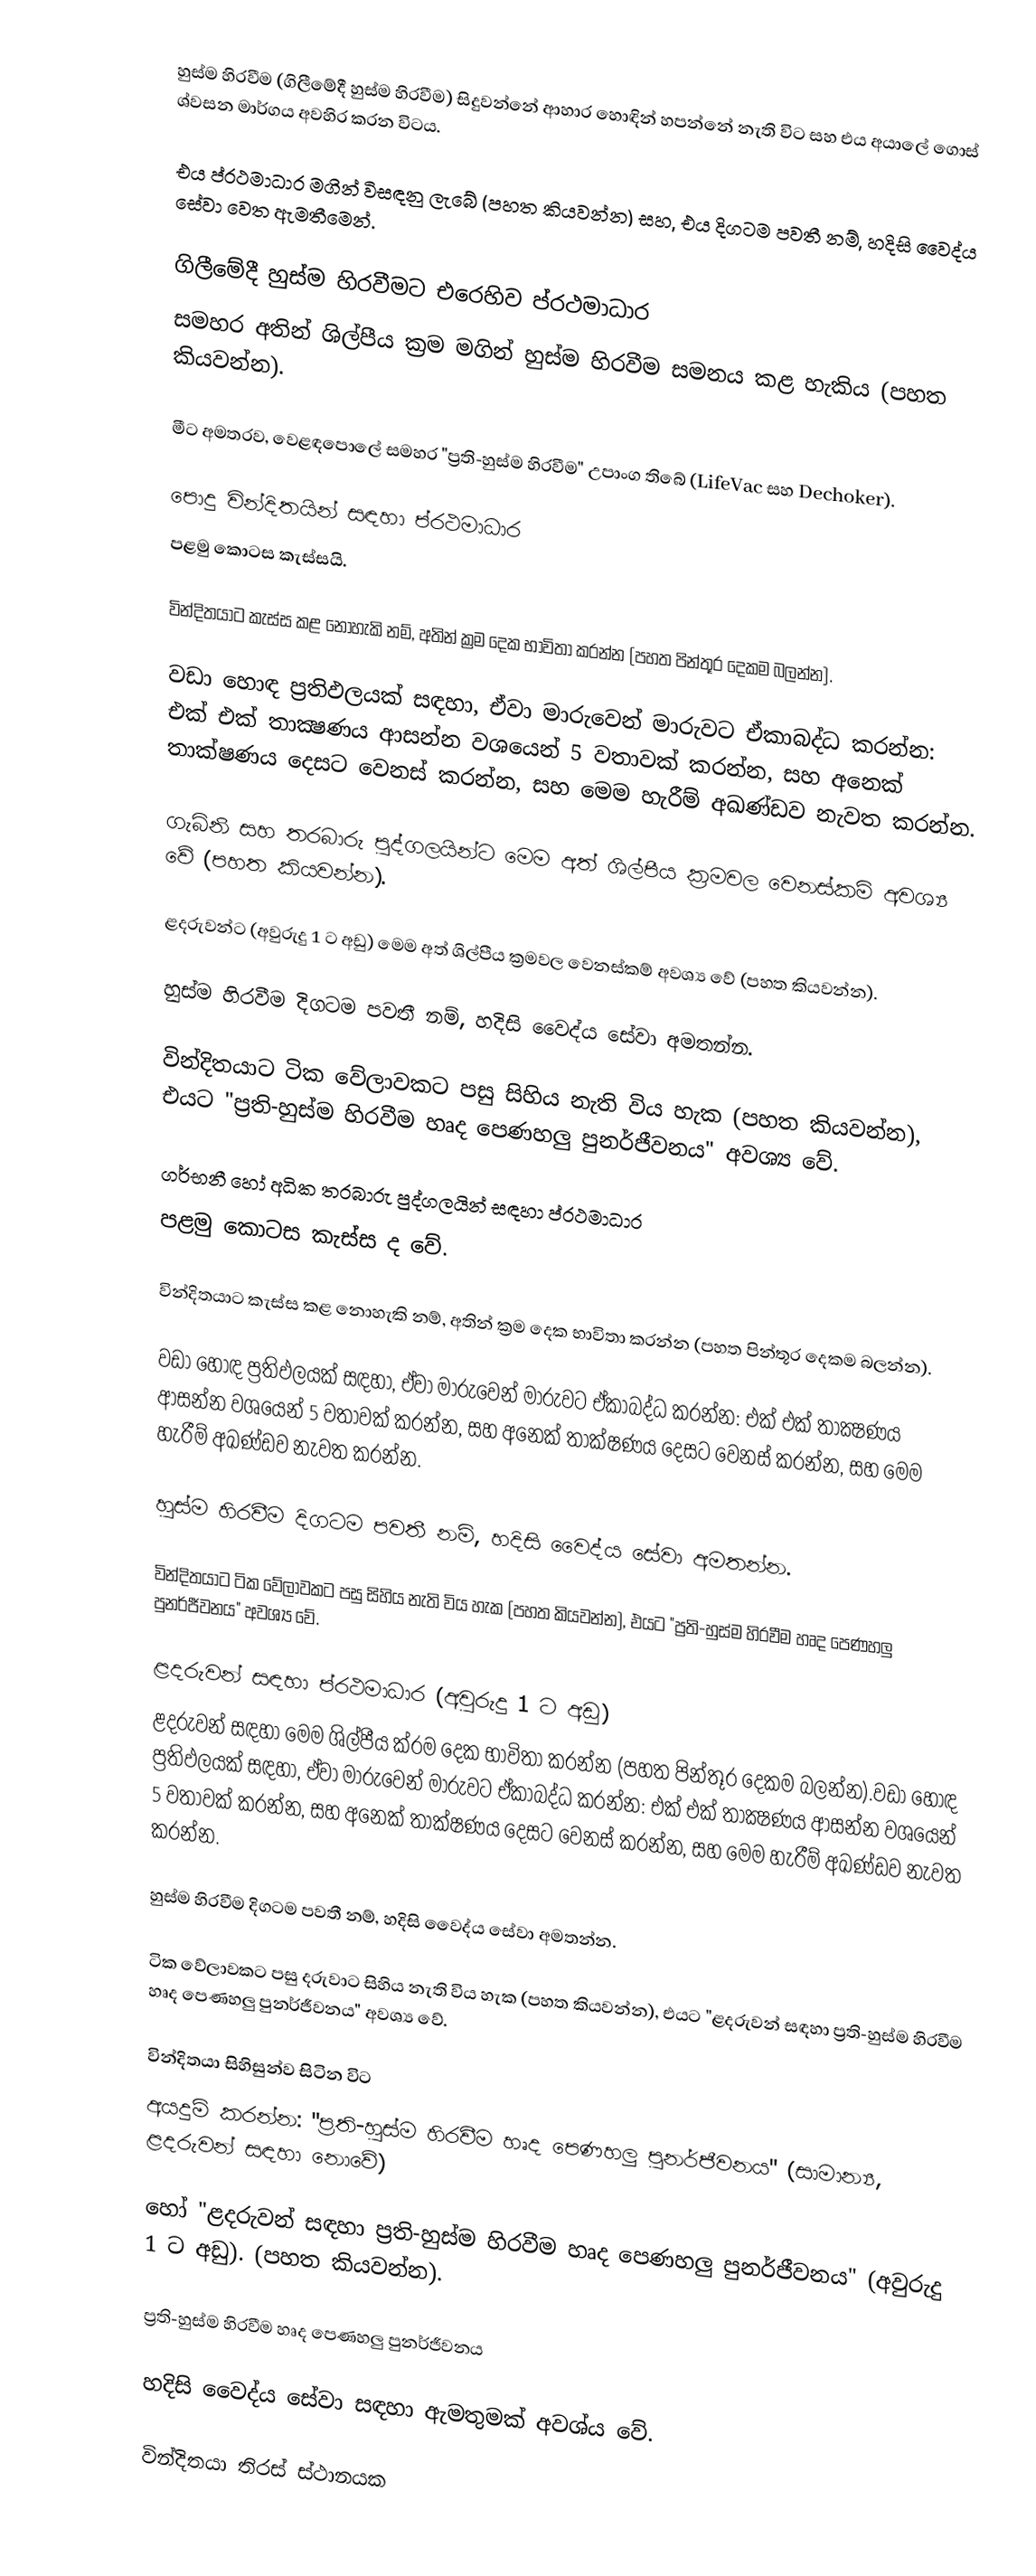
හුස්ම හිරවීම (ගිලීමේදී හුස්ම හිරවීම) සිදුවන්නේ ආහාර හොඳින් හපන්නේ නැති විට සහ එය අයාලේ ගොස් ශ්වසන මාර්ගය අවහිර කරන විටය.

එය ප්රථමාධාර මගින් විසඳනු ලැබේ (පහත කියවන්න) සහ, එය දිගටම පවතී නම්, හදිසි වෛද්ය සේවා වෙත ඇමතීමෙන්.

ගිලීමේදී හුස්ම හිරවීමට එරෙහිව ප්රථමාධාර
සමහර අතින් ශිල්පීය ක්‍රම මගින් හුස්ම හිරවීම සමනය කළ හැකිය (පහත කියවන්න).

මීට අමතරව, වෙළඳපොලේ සමහර "ප්‍රති-හුස්ම හිරවීම" උපාංග තිබේ (LifeVac සහ Dechoker).

පොදු වින්දිතයින් සඳහා ප්රථමාධාර
පළමු කොටස කැස්සයි.

වින්දිතයාට කැස්ස කළ නොහැකි නම්, අතින් ක්‍රම දෙක භාවිතා කරන්න (පහත පින්තූර දෙකම බලන්න).

වඩා හොඳ ප්‍රතිඵලයක් සඳහා, ඒවා මාරුවෙන් මාරුවට ඒකාබද්ධ කරන්න: එක් එක් තාක්‍ෂණය ආසන්න වශයෙන් 5 වතාවක් කරන්න, සහ අනෙක් තාක්ෂණය දෙසට වෙනස් කරන්න, සහ මෙම හැරීම් අඛණ්ඩව නැවත කරන්න.

ගැබිනි සහ තරබාරු පුද්ගලයින්ට මෙම අත් ශිල්පීය ක්‍රමවල වෙනස්කම් අවශ්‍ය වේ (පහත කියවන්න).

ළදරුවන්ට (අවුරුදු 1 ට අඩු) මෙම අත් ශිල්පීය ක්‍රමවල වෙනස්කම් අවශ්‍ය වේ (පහත කියවන්න).

හුස්ම හිරවීම දිගටම පවතී නම්, හදිසි වෛද්ය සේවා අමතන්න.

වින්දිතයාට ටික වේලාවකට පසු සිහිය නැති විය හැක (පහත කියවන්න), එයට "ප්‍රති-හුස්ම හිරවීම හෘද පෙණහලු පුනර්ජීවනය" අවශ්‍ය වේ.

ගර්භනී හෝ අධික තරබාරු පුද්ගලයින් සඳහා ප්රථමාධාර
පළමු කොටස කැස්ස ද වේ.

වින්දිතයාට කැස්ස කළ නොහැකි නම්, අතින් ක්‍රම දෙක භාවිතා කරන්න (පහත පින්තූර දෙකම බලන්න).

වඩා හොඳ ප්‍රතිඵලයක් සඳහා, ඒවා මාරුවෙන් මාරුවට ඒකාබද්ධ කරන්න: එක් එක් තාක්‍ෂණය ආසන්න වශයෙන් 5 වතාවක් කරන්න, සහ අනෙක් තාක්ෂණය දෙසට වෙනස් කරන්න, සහ මෙම හැරීම් අඛණ්ඩව නැවත කරන්න.

හුස්ම හිරවීම දිගටම පවතී නම්, හදිසි වෛද්ය සේවා අමතන්න.

වින්දිතයාට ටික වේලාවකට පසු සිහිය නැති විය හැක (පහත කියවන්න), එයට "ප්‍රති-හුස්ම හිරවීම හෘද පෙණහලු පුනර්ජීවනය" අවශ්‍ය වේ.

ළදරුවන් සඳහා ප්රථමාධාර (අවුරුදු 1 ට අඩු)
ළදරුවන් සඳහා මෙම ශිල්පීය ක්රම දෙක භාවිතා කරන්න (පහත පින්තූර දෙකම බලන්න).වඩා හොඳ ප්‍රතිඵලයක් සඳහා, ඒවා මාරුවෙන් මාරුවට ඒකාබද්ධ කරන්න: එක් එක් තාක්‍ෂණය ආසන්න වශයෙන් 5 වතාවක් කරන්න, සහ අනෙක් තාක්ෂණය දෙසට වෙනස් කරන්න, සහ මෙම හැරීම් අඛණ්ඩව නැවත කරන්න.

හුස්ම හිරවීම දිගටම පවතී නම්, හදිසි වෛද්ය සේවා අමතන්න.

ටික වේලාවකට පසු දරුවාට සිහිය නැති විය හැක (පහත කියවන්න), එයට "ළදරුවන් සඳහා ප්‍රති-හුස්ම හිරවීම හෘද පෙණහලු පුනර්ජීවනය" අවශ්‍ය වේ.

වින්දිතයා සිහිසුන්ව සිටින විට
අයදුම් කරන්න: "ප්‍රති-හුස්ම හිරවීම හෘද පෙණහලු පුනර්ජීවනය" (සාමාන්‍ය, ළදරුවන් සඳහා නොවේ)

හෝ "ළදරුවන් සඳහා ප්‍රති-හුස්ම හිරවීම හෘද පෙණහලු පුනර්ජීවනය" (අවුරුදු 1 ට අඩු). (පහත කියවන්න).

ප්‍රති-හුස්ම හිරවීම හෘද පෙණහලු පුනර්ජීවනය

හදිසි වෛද්ය සේවා සඳහා ඇමතුමක් අවශ්ය වේ.

වින්දිතයා තිරස් ස්ථානයක